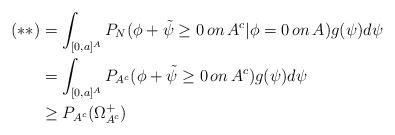
LaTeX: \begin{align*}(**)&=\int_{[0,a]^{A}}P_N(\phi+\tilde{\psi}\geq0 \,on\,A^c|\phi=0 \, on \, A)g(\psi)d\psi\\&=\int_{[0,a]^{A}}P_{A^c}(\phi+\tilde{\psi}\geq0 \,on\,A^c)g(\psi)d\psi\\&\geq P_{A^c}(\Omega_{A^c}^+)\end{align*}